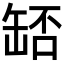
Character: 𦈶